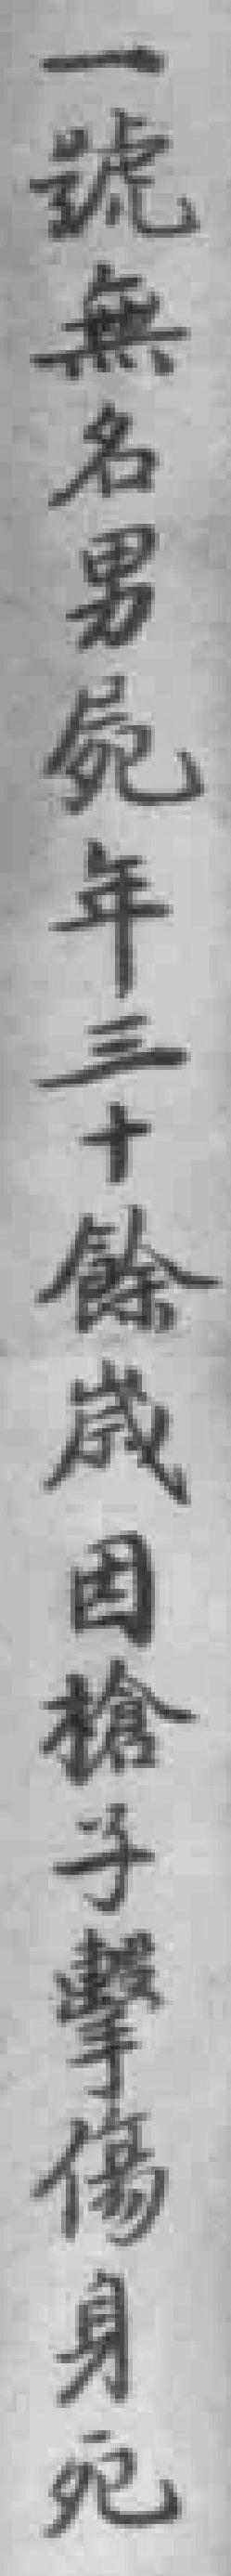
一號無名男屍年三十餘歲因槍子擊傷身死